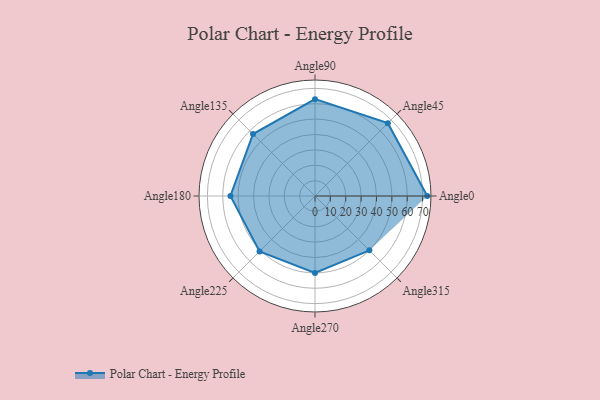
{"axis": {"x": "Angle", "y": "Radius"}, "legend": [""], "data": [{"x": "Angle0", "y": 73.0, "type": ""}, {"x": "Angle45", "y": 67.0, "type": ""}, {"x": "Angle90", "y": 63.0, "type": ""}, {"x": "Angle135", "y": 57.0, "type": ""}, {"x": "Angle180", "y": 55.0, "type": ""}, {"x": "Angle225", "y": 51.0, "type": ""}, {"x": "Angle270", "y": 50, "type": ""}, {"x": "Angle315", "y": 50, "type": ""}]}